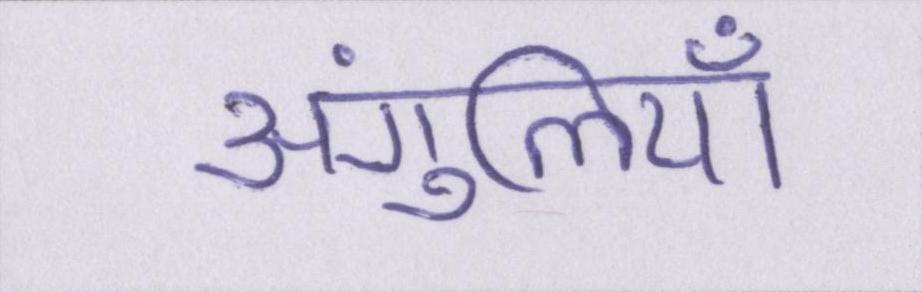
अंगुलियाँ